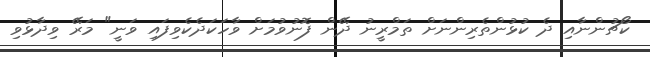
ކޯޗުންނާއި ދެ ކުޅުންތެރިންނަށް ތަމްރީނު ދޭން ފޮނުވުމަށް ވާހަކަދެކެވިފައި ވަނީ" މަރޭ ވިދާޅުވި